NAE_kihelkonnakohtute_kirjad_ja_protokollid_1869-1889, lk 3
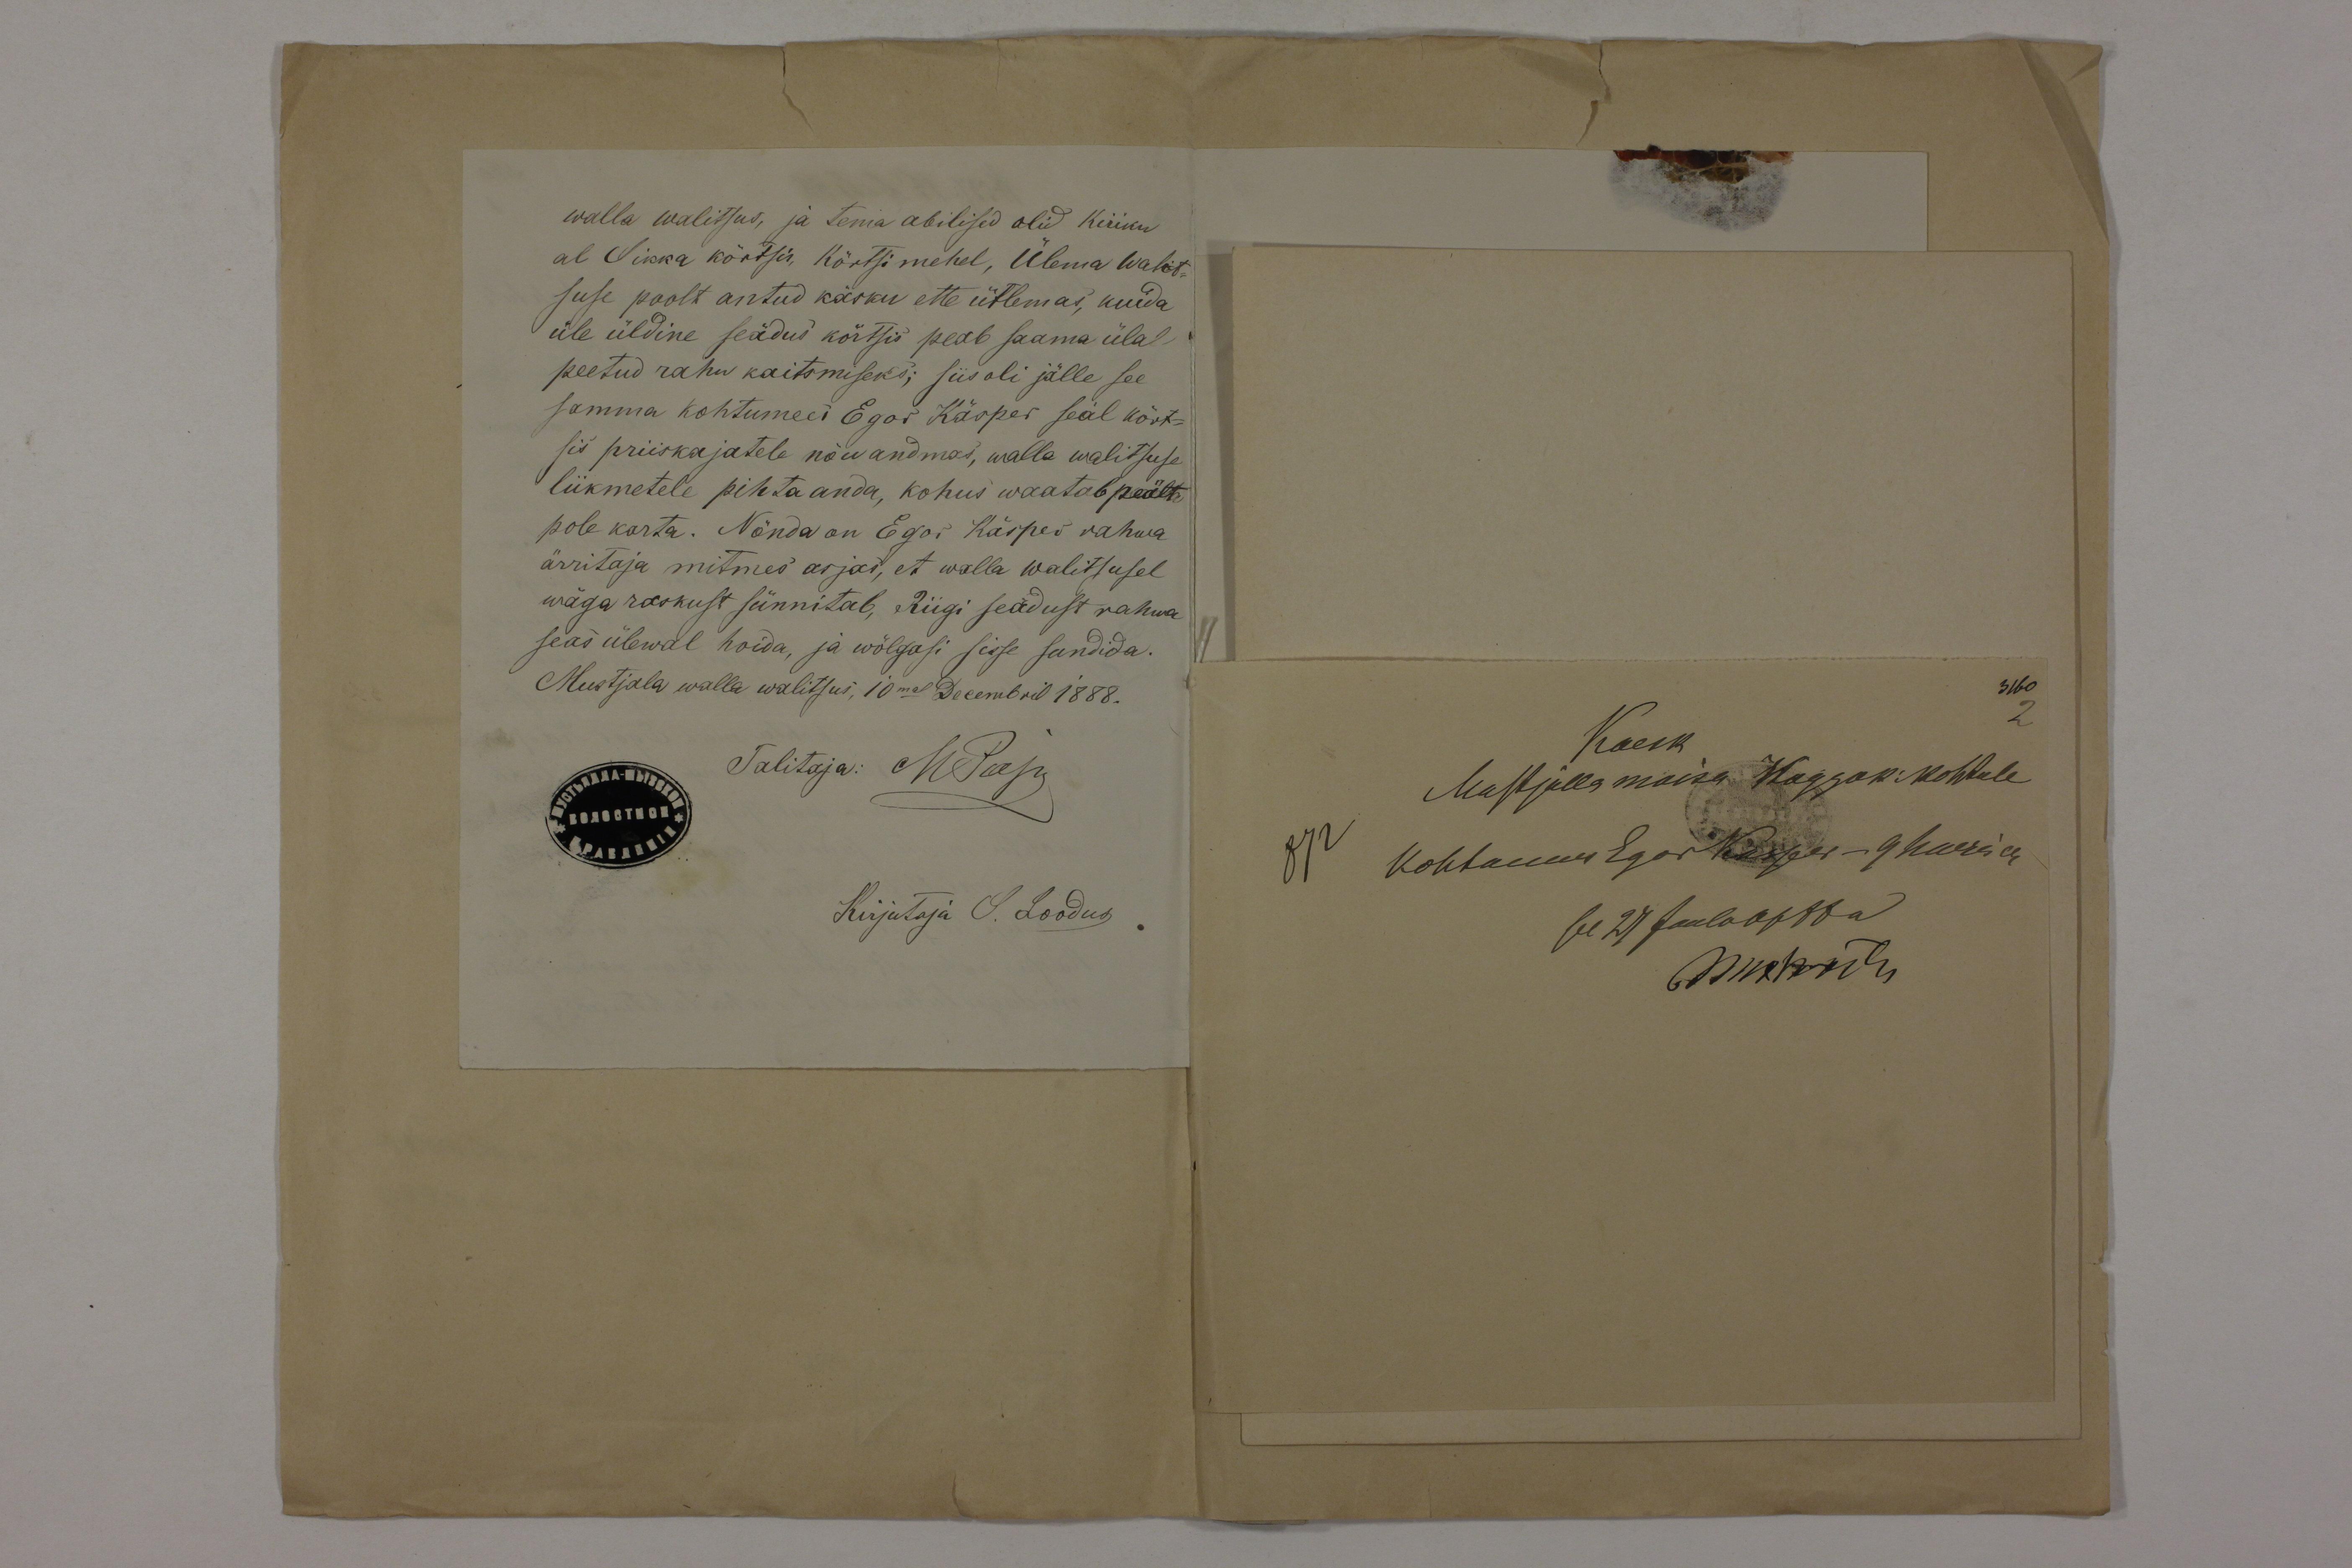
walla walitsus, ja tema abilised olid kiriku
al Sikka körtsis Kõrtsimehel, Ülema Walit-
suse poolt antud käsku ette ütlemas, kuida
üle üldine seädud kõrtsis peab saama ülal
peetud rahu kaitsmiseks; siis oli jälle see
samma kohtumees Egor Käsper seäl kört-
sis priiskajatele nõu andmas, walla walitsuse
liikmetele pihta anda, kohus waatab peält
pole karta. Nõnda on Egos Käsper vahwa
ärritaja mitmes asjas, et walla walitsusel
wäga raskust sünnitab, Riigi seadust rahwa
seas ülewal hoida, ja wõlgasi sisse sundida.
Mustjala walla walitsus, 10mal Decembril 1888.
Talitaja: MPaep
Kirjutaja S. Loodus